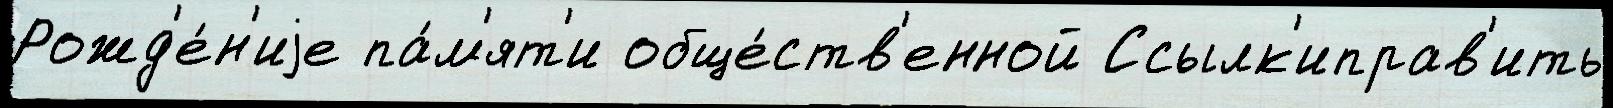
Рожд'е́н'иjе па́м'ят'и обще́ств'енной Ссылк'иправ'ить